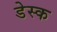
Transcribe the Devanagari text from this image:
डेस्‍क